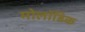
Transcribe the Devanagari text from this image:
मोलॉडिक